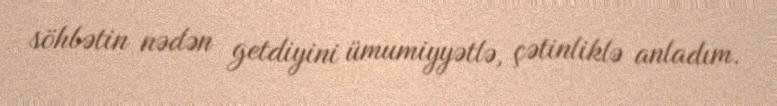
söhbətin nədən getdiyini ümumiyyətlə, çətinliklə anladım.